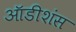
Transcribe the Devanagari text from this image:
ऑडीशंस